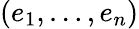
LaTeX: (e_{1},\dots,e_{n})